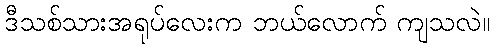
ဒီသစ်သားအရုပ်လေးက ဘယ်လောက် ကျသလဲ။